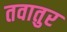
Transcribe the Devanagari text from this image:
तवातुर